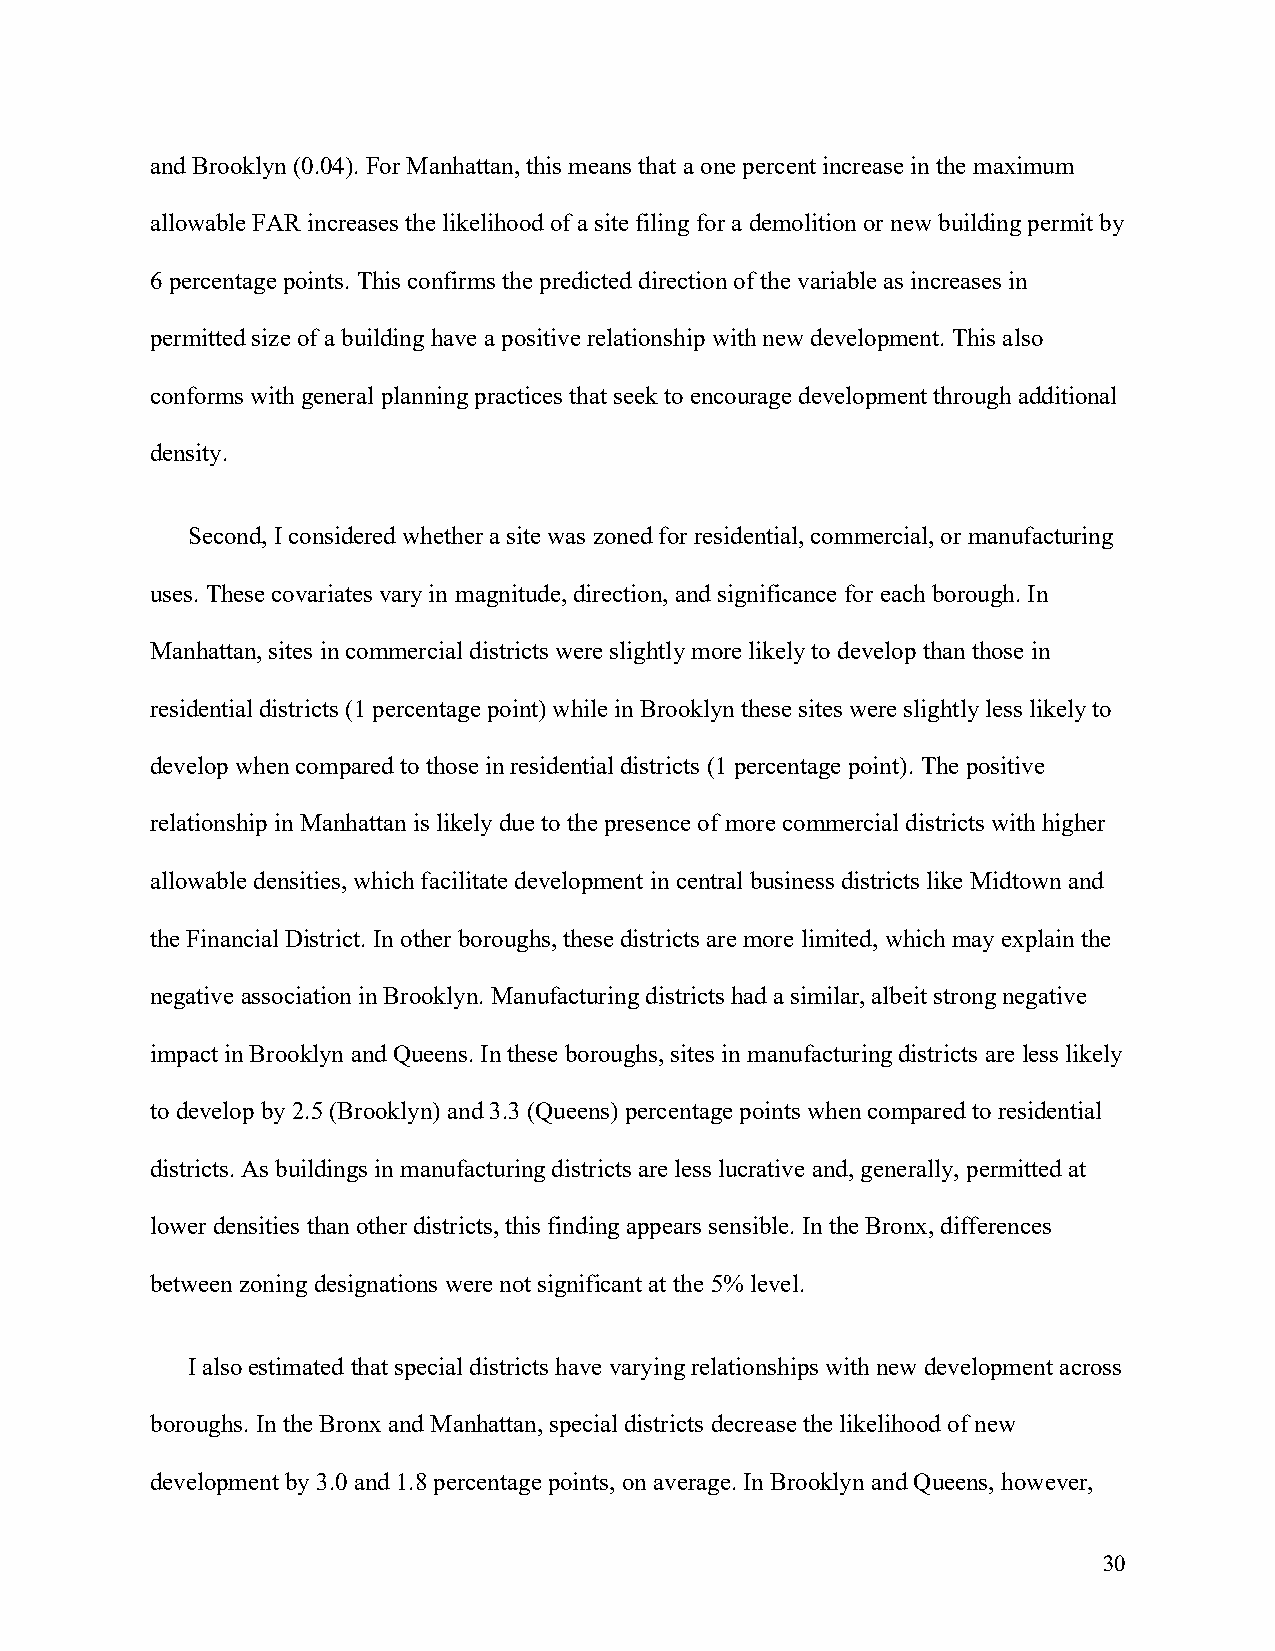
and Brooklyn (0.04). For Manhattan, this means that a one percent increase in the maximum
 allowable FAR increases the likelihood of a site filing for a demolition or new building permit by
 6 percentage points. This confirms the predicted direction of the variable as increases in
 permitted size of a building have a positive relationship with new development. This also
 conforms with general planning practices that seek to encourage development through additional
 density.
 Second, I considered whether a site was zoned for residential, commercial, or manufacturing
 uses. These covariates vary in magnitude, direction, and significance for each borough. In
 Manhattan, sites in commercial districts were slightly more likely to develop than those in
 residential districts (1 percentage point) while in Brooklyn these sites were slightly less likely to
 develop when compared to those in residential districts (1 percentage point). The positive
 relationship in Manhattan is likely due to the presence of more commercial districts with higher
 allowable densities, which facilitate development in central business districts like Midtown and
 the Financial District. In other boroughs, these districts are more limited, which may explain the
 negative association in Brooklyn. Manufacturing districts had a similar, albeit strong negative
 impact in Brooklyn and Queens. In these boroughs, sites in manufacturing districts are less likely
 to develop by 2.5 (Brooklyn) and 3.3 (Queens) percentage points when compared to residential
 districts. As buildings in manufacturing districts are less lucrative and, generally, permitted at
 lower densities than other districts, this finding appears sensible. In the Bronx, differences
 between zoning designations were not significant at the 5% level.
 I also estimated that special districts have varying relationships with new development across
 boroughs. In the Bronx and Manhattan, special districts decrease the likelihood of new
 development by 3.0 and 1.8 percentage points, on average. In Brooklyn and Queens, however,
 30